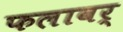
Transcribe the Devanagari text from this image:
फलावर्